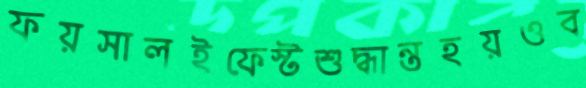
ফয়সালইফেস্টশুদ্ধান্তহয়ওব